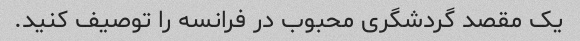
یک مقصد گردشگری محبوب در فرانسه را توصیف کنید.